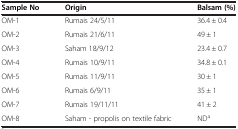
<table><thead><tr><td><b>Sample No</b></td><td><b>Origin</b></td><td><b>Balsam (%)</b></td></tr></thead><tbody><tr><td>OM-1</td><td>Rumais 24/5/11</td><td>36.4 ± 0.4</td></tr><tr><td>OM-2</td><td>Rumais 21/6/11</td><td>49 ± 1</td></tr><tr><td>OM-3</td><td>Saham 18/9/12</td><td>23.4 ± 0.7</td></tr><tr><td>OM-4</td><td>Rumais 10/9/11</td><td>34.8 ± 0.1</td></tr><tr><td>OM-5</td><td>Rumais 11/9/11</td><td>30 ± 1</td></tr><tr><td>OM-6</td><td>Rumais 6/9/11</td><td>35 ± 1</td></tr><tr><td>OM-7</td><td>Rumais 19/11/11</td><td>41 ± 2</td></tr><tr><td>OM-8</td><td>Saham - propolis on textile fabric</td><td>ND<sup>a</sup></td></tr></tbody></table>